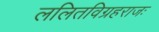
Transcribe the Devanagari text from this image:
ललितविग्रहराजः